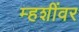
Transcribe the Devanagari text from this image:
म्हशींवर